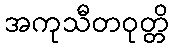
အကုသီတဝုတ္တိ